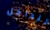
للداخل